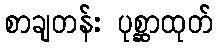
စာချတန်း ပုစ္ဆာထုတ်